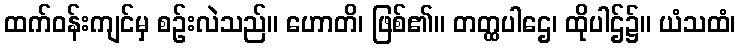
ထက်ဝန်းကျင်မှ စဉ်းလဲသည်။ ဟောတိ၊ ဖြစ်၏။ တတ္ထပါဌေ၊ ထိုပါဌ်၌။ ယံသထံ၊